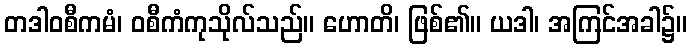
တဒါဝစီကမံ၊ ဝစီကံကုသိုလ်သည်။ ဟောတိ၊ ဖြစ်၏။ ယဒါ၊ အကြင်အခါ၌။